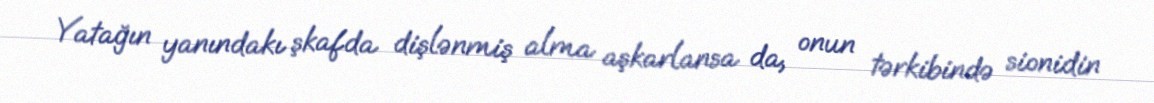
Yatağın yanındakı şkafda dişlənmiş alma aşkarlansa da, onun tərkibində sionidin